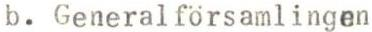
b. Generalförsamlingen